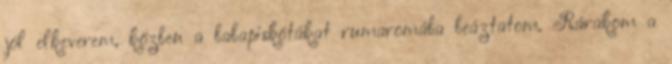
jól elkeverem, közben a babapiskótákat rumaromába beáztatom. Rárakom a